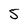
Character: 5